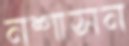
নশাসন